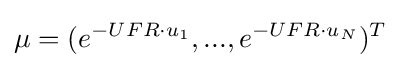
\mu =(e^{-UFR\cdot u_{1}},...,e^{-UFR\cdot u_{N}})^{T}